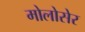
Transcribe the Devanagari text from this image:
मोलोसेर